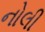
નોલી